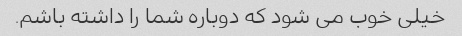
خیلی خوب می شود که دوباره شما را داشته باشم.